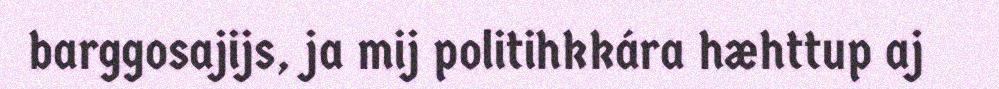
barggosajijs, ja mij politihkkára hæhttup aj